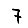
Digit: 7